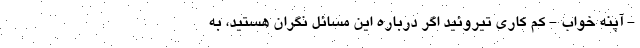
- آپنه خواب - کم کاری تیروئید اگر درباره این مسائل نگران هستید، به